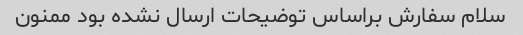
سلام سفارش براساس توضیحات ارسال نشده بود ممنون